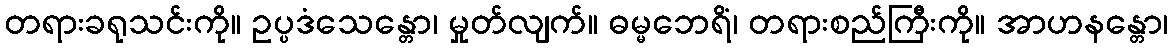
တရားခရုသင်းကို။ ဥပ္ပဒံသေန္တော၊ မှုတ်လျက်။ ဓမ္မဘေရိံ၊ တရားစည်ကြီးကို။ အာဟနန္တော၊